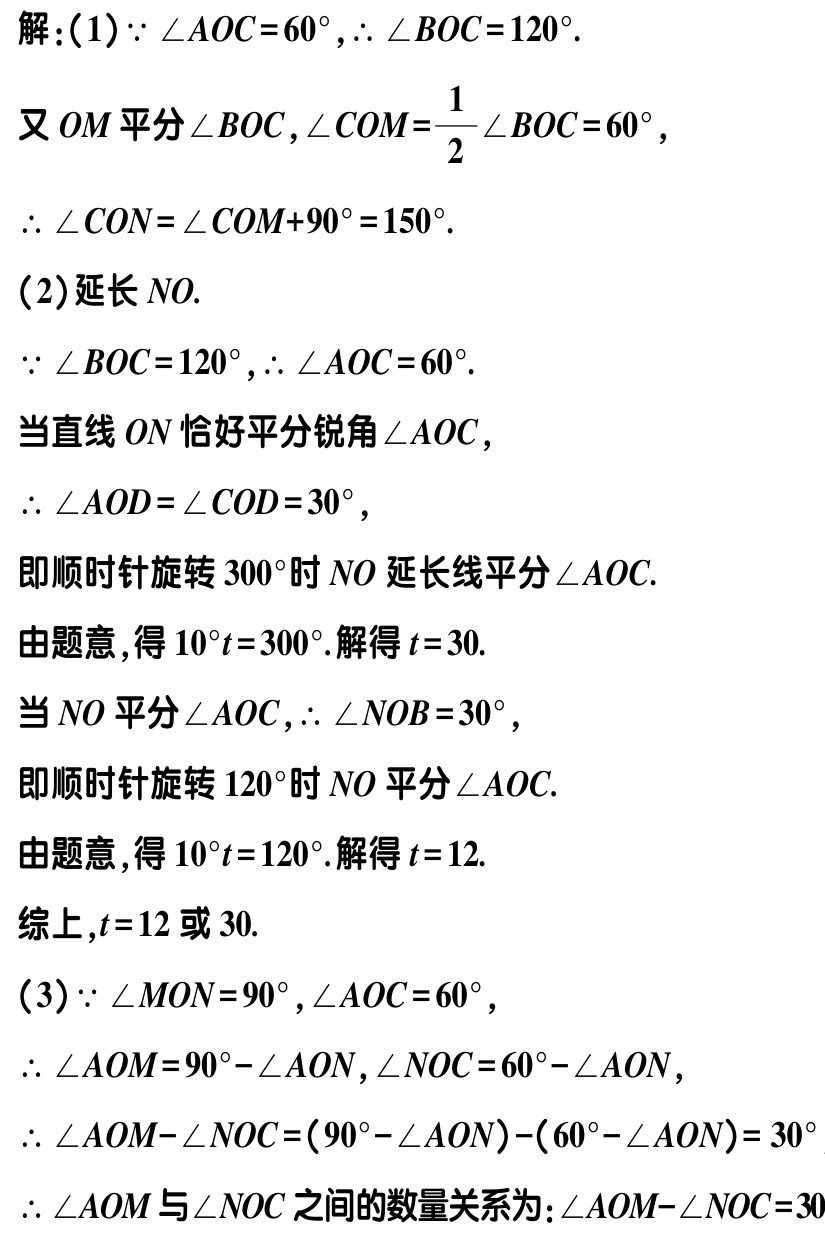
解：(1) \(\because \angle AOC = 60^{\circ},\therefore \angle BOC = 120^{\circ}\).

又 \(OM\) 平分 \(\angle BOC\)，\(\angle COM=\frac{1}{2}\angle BOC = 60^{\circ}\)，

\(\therefore \angle CON=\angle COM + 90^{\circ}=150^{\circ}\).

(2) 延长 \(NO\).

\(\because \angle BOC = 120^{\circ},\therefore \angle AOC = 60^{\circ}\).

当直线 \(ON\) 恰好平分锐角 \(\angle AOC\)，

\(\therefore \angle AOD=\angle COD = 30^{\circ}\)，

即顺时针旋转 \(300^{\circ}\) 时 \(NO\) 延长线平分 \(\angle AOC\).

由题意，得 \(10^{\circ}t = 300^{\circ}\). 解得 \(t = 30\).

当 \(NO\) 平分 \(\angle AOC\)，\(\therefore \angle NOB = 30^{\circ}\)，

即顺时针旋转 \(120^{\circ}\) 时 \(NO\) 平分 \(\angle AOC\).

由题意，得 \(10^{\circ}t = 120^{\circ}\). 解得 \(t = 12\).

综上，\(t = 12\) 或 \(30\).

(3) \(\because \angle MON = 90^{\circ},\angle AOC = 60^{\circ}\)，

\(\therefore \angle AOM = 90^{\circ}-\angle AON,\angle NOC = 60^{\circ}-\angle AON\)，

\(\therefore \angle AOM-\angle NOC=(90^{\circ}-\angle AON)-(60^{\circ}-\angle AON)=30^{\circ}\)

\(\therefore \angle AOM\) 与 \(\angle NOC\) 之间的数量关系为：\(\angle AOM-\angle NOC = 30^{\circ}\)